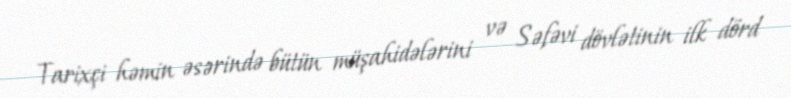
Tarixçi həmin əsərində bütün müşahidələrini və Səfəvi dövlətinin ilk dörd